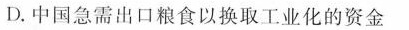
D.中国急需出口粮食以换取工业化的资金